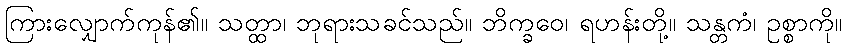
ကြားလျှောက်ကုန်၏။ သတ္ထာ၊ ဘုရားသခင်သည်။ ဘိက္ခဝေ၊ ရဟန်းတို့။ သန္တကံ၊ ဥစ္စာကို။